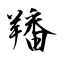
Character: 羳